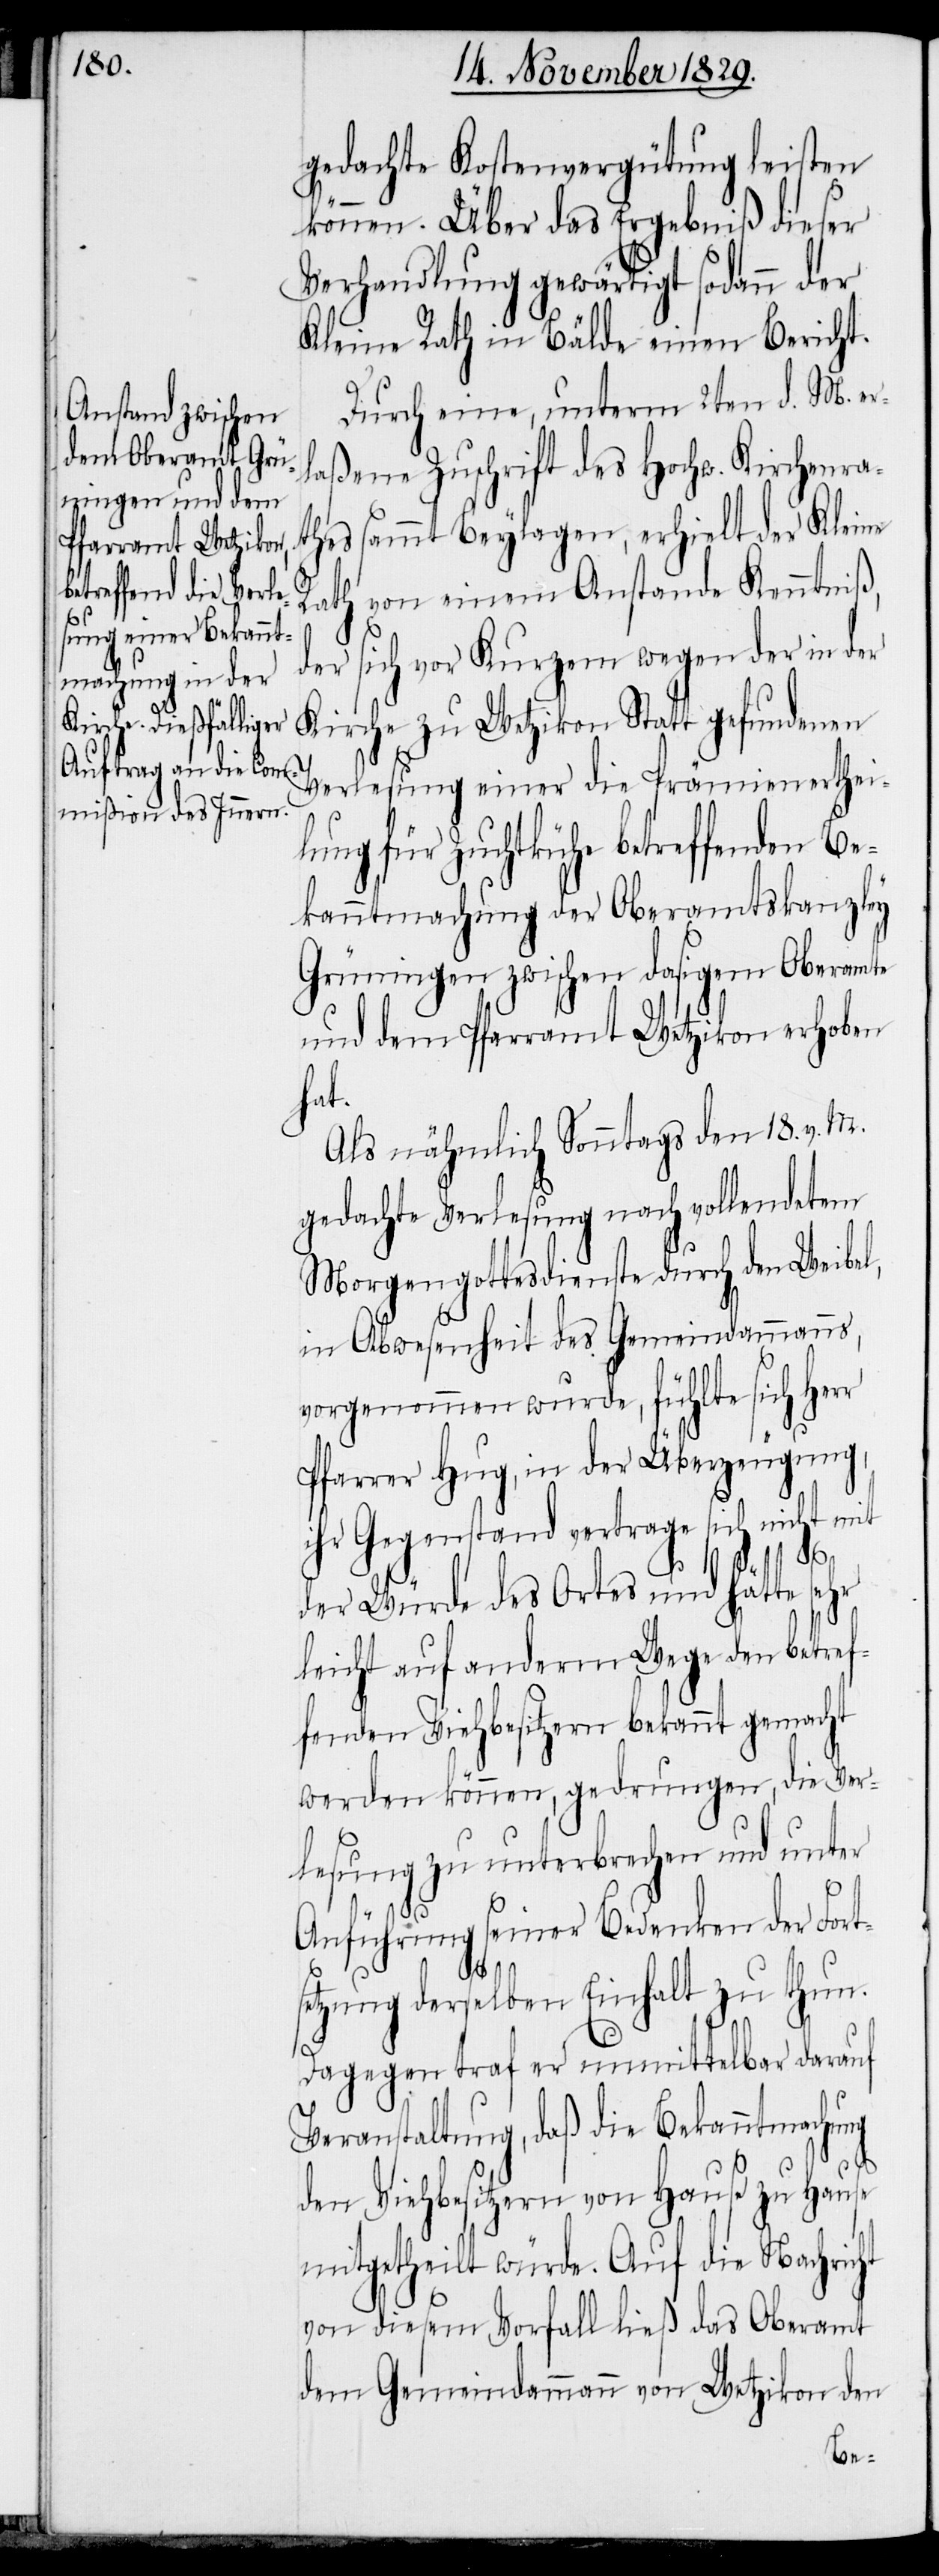
gedachte Kostenvergütung leisten
können. Über das Ergebniß dieser
Verhandlung gewärtigt sodann der
Kleine Rath in Bälde einen Bericht.
Durch eine, unterm 2ten d. M. er¬
laßene Zuschrift des Hochw. Kirchenrat¬
hes sammt Beylagen, erhielt der Kleine
Rath von einem Anstande Kenntniß,
der sich vor Kurzem wegen der in der
Kirche zu Wetzikon Statt gefundenen
Verlesung einer die Prämienerthei¬
lung für Zuchtkühe betreffenden Be¬
kanntmachung der Oberamtskanzley
Grüningen zwischen dasigem Oberamt
und dem Pfarramt Wetzikon erhoben
hat.
Als nähmlich Sonntags den 18. v. M.
gedachte Verlesung nach vollendetem
Morgengottesdienste durch den Waibel,
in Abwesenheit des Gemeindammanns,
vorgenommen wurde, fühlte sich Herr
Pfarrer Hug, in der Überzeugung,
ihr Gegenstand vertrage sich nicht mit
der Würde des Ortes und hätte sehr
leicht auf anderm Wege den betref¬
fenden Viehbesitzern bekannt gemacht
werden können, gedrungen, die Ver¬
lesung zu unterbrechen und unter
Anführung seiner Bedenken der Forts¬
etzung derselben Einhalt zu thun.
Dagegen traf er unmittelbar darauf
Veranstaltung, daß die Bekanntmachung
den Viehbesitzern von Hause zu Hause
mitgetheilt würde. Auf die Nachricht
von diesem Vorfall ließ das Oberamt
dem Gemeindammann von Wetzikon den